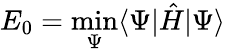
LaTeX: E_{0}=\operatorname*{min}_{\Psi}\langle\Psi|\hat{H}|\Psi\rangle